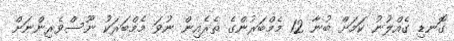
ގޮނޑި ގެއްލުނު ކަމަށް ބުނާ 12 މެމްބަރުންގެ ތެރެއިން ނުވަ މެމްބަރަކު ނޫސްވެރިންނަށް